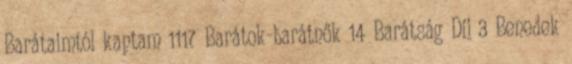
Barátaimtól kaptam 1117 Barátok-barátnők 14 Barátság Díj 3 Benedek